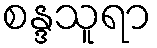
စန္ဒသူရာ